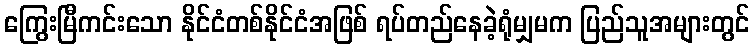
ကြွေးမြီကင်းသော နိုင်ငံတစ်နိုင်ငံအဖြစ် ရပ်တည်နေခဲ့ရုံမျှမက ပြည်သူအများတွင်